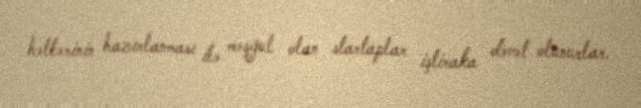
həllərinin hazırlanması ilə məşğul olan startaplar iştiraka dəvət olunurlar.